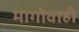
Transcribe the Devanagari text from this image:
मागोवाही